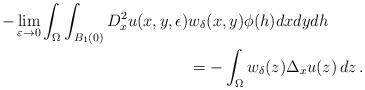
LaTeX: \begin{align*} -\lim_{\varepsilon \to 0}\int_{\Omega}\int_{B_1(0)}D^2_x u(x,y,\epsilon)&w_\delta(x,y)\phi(h) dxdydh\\&=-\int_{\Omega}w_\delta(z)\Delta_x u(z) \,dz\,.\end{align*}